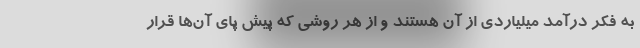
به فکر درآمد میلیاردی از آن هستند و از هر روشی که پیش پای آن‌ها قرار